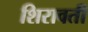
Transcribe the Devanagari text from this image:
शिरावती